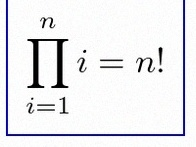
\prod_{i=1}^{n}i=n!